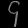
Digit: ၄